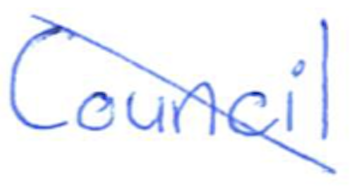
Text: Council
Cross-out: diagonal
Writing tool: ballpoint